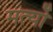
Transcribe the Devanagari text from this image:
मर्त्यो